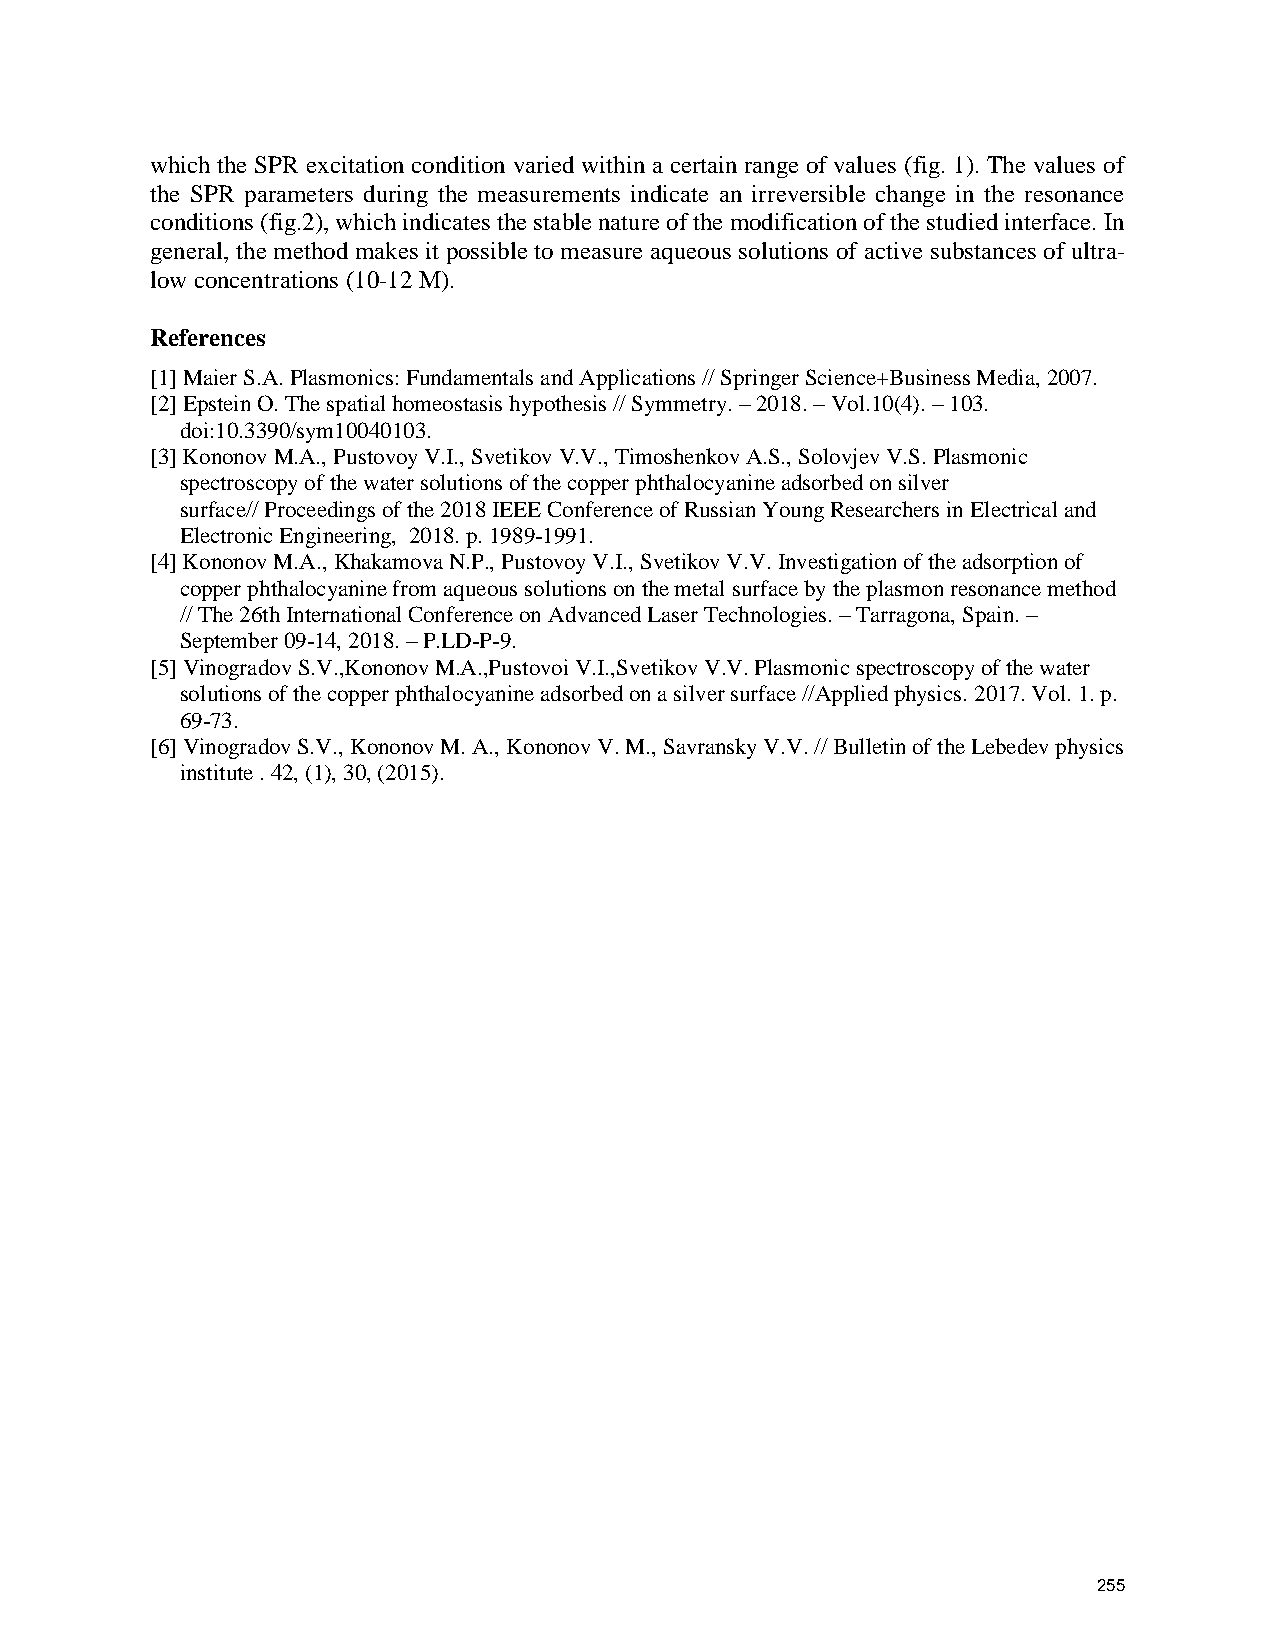
which the SPR excitation condition varied within a certain range of values (fig. 1). The values of
 the SPR parameters during the measurements indicate an irreversible change in the resonance
 conditions (fig.2), which indicates the stable nature of the modification of the studied interface. In
 general, the method makes it possible to measure aqueous solutions of active substances of ultra-
 low concentrations (10-12 M).
 References
 [1] Maier S.A. Plasmonics: Fundamentals and Applications // Springer Science+Business Media, 2007.
 [2] Epstein O. The spatial homeostasis hypothesis // Symmetry. – 2018. – Vol.10(4). – 103.
 doi:10.3390/sym10040103.
 [3] Kononov M.A., Pustovoy V.I., Svetikov V.V., Timoshenkov A.S., Solovjev V.S. Plasmonic
 spectroscopy of the water solutions of the copper phthalocyanine adsorbed on silver
 surface// Proceedings of the 2018 IEEE Conference of Russian Young Researchers in Electrical and
 Electronic Engineering, 2018. p. 1989-1991.
 [4] Kononov M.A., Khakamova N.P., Pustovoy V.I., Svetikov V.V. Investigation of the adsorption of
 copper phthalocyanine from aqueous solutions on the metal surface by the plasmon resonance method
 // The 26th International Conference on Advanced Laser Technologies. – Tarragona, Spain. –
 September 09-14, 2018. – P.LD-P-9.
 [5] Vinogradov S.V.,Kononov M.A.,Pustovoi V.I.,Svetikov V.V. Plasmonic spectroscopy of the water
 solutions of the copper phthalocyanine adsorbed on a silver surface //Applied physics. 2017. Vol. 1. p.
 69-73.
 [6] Vinogradov S.V., Kononov M. A., Kononov V. M., Savransky V.V. // Bulletin of the Lebedev physics
 institute . 42, (1), 30, (2015).
 255